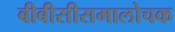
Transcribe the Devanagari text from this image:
बीबीसीसमालोचक